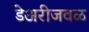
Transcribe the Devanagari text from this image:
डेअरीजवळ